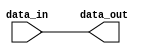
module bus_8bit(input [7:0] data_in,output reg [7:0] data_out);

always @(*) begin
    data_out = data_in;
end

endmodule